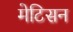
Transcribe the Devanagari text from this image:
मेटिसन